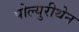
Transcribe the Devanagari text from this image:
पोल्युरीथेन